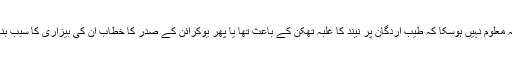
یہ معلوم نہیں ہوسکا کہ طیب اردگان پر نیند کا غلبہ تھکن کے باعث تھا یا پھر یوکرائن کے صدر کا خطاب ان کی بیزاری کا سبب بنا۔